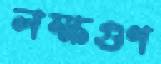
লক্ষগুণ